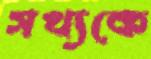
সখ্যকে